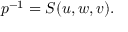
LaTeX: p ^ { - 1 } = S ( u , w , v ) .